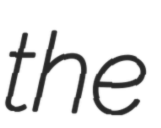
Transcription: the